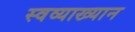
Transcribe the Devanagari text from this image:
स्वव्याख्यान